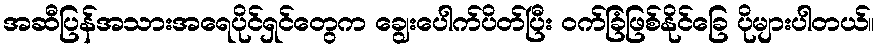
အဆီပြန်အသားအရေပိုင်ရှင်တွေက ချွေးပေါက်ပိတ်ပြီး ဝက်ခြံဖြစ်နိုင်ခြေ ပိုများပါတယ်။